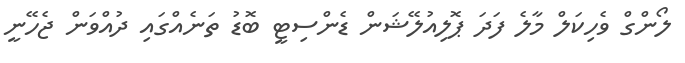
ލޯންގް ވެހިކަލް މާލެ ފަދަ ޕޮލިއުލޭޝަން ޑެންސިޓީ ބޮޑު ތަނެއްގައި ދުއްވަން ޖެހޭނީ